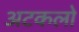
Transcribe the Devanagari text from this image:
अटकलो